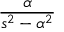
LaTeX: \frac { \alpha } { s ^ { 2 } - \alpha ^ { 2 } }